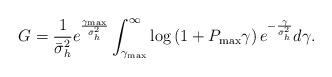
LaTeX: \begin{align*}G&= \frac{1}{\bar{\sigma}_h^2}e^{\frac{\gamma_{\max}}{\bar{\sigma}_h^2}}\int_{\gamma_{\max}}^\infty \log\left({1+P_{\max}\gamma}\right)e^{-\frac{\gamma}{\bar{\sigma}_h^2}}d\gamma. \end{align*}